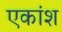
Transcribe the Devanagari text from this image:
एकांश